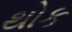
થોક